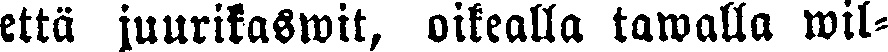
etta juurikaswit, oikealla tawalla wil-